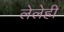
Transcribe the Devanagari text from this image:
लेलेही